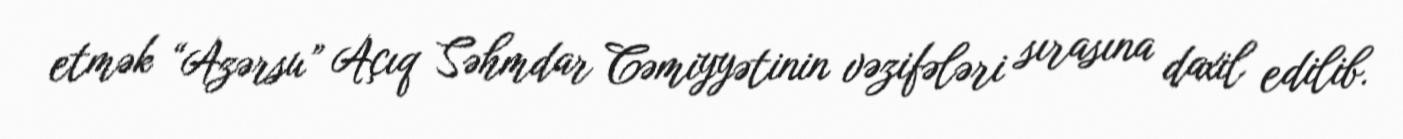
etmək “Azərsu” Açıq Səhmdar Cəmiyyətinin vəzifələri sırasına daxil edilib.